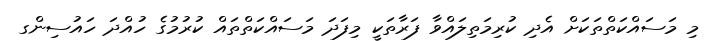
މި މަސައްކަތްތަކަށް އެދި ކުރިމަތިލައްވާ ފަރާތަކީ މިފަދަ މަސައްކަތްތައް ކުރުމުގެ ހުއްދަ ހައުސިންގ